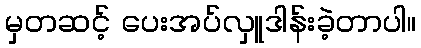
မှတဆင့် ပေးအပ်လှူဒါန်းခဲ့တာပါ။